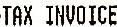
TAX INVOICE